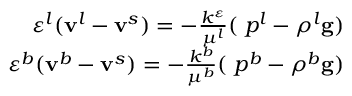
\begin{array} { r } { \varepsilon ^ { l } ( \mathbf { v } ^ { l } - \mathbf { v } ^ { s } ) = - \frac { k ^ { \varepsilon } } { \mu ^ { l } } ( \mathbf { \nabla } p ^ { l } - \rho ^ { l } \mathbf { g } ) } \\ { \varepsilon ^ { b } ( \mathbf { v } ^ { b } - \mathbf { v } ^ { s } ) = - \frac { k ^ { b } } { \mu ^ { b } } ( \mathbf { \nabla } p ^ { b } - \rho ^ { b } \mathbf { g } ) } \end{array}